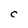
Character: C